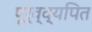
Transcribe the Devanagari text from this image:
पूर्व्व्यपित